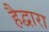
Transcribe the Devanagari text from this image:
हैद्वारा